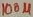
Text: 100µ